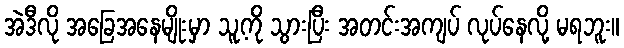
အဲဒီလို အခြေအနေမျိုးမှာ သူ့ကို သွားပြီး အတင်းအကျပ် လုပ်နေလို့ မရဘူး။